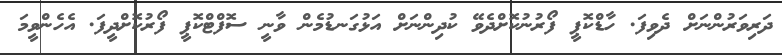
ދަރިވަރުންނަށް ދެވިފަ. ހާޑްކޮޕީ ފޯރުނުކޮށްދެވޭ ކުދިންނަށް އަޅުގަނޑުމެން ވާނީ ސޮފްޓްކޮޕީ ފޯރުކޮށްދީފަ. އެހެންވީމަ